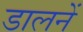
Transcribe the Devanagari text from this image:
डालनें